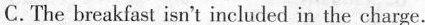
C.The bradkfast isn't included in the charge.